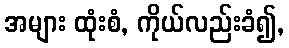
အများ ထုံးစံ, ကိုယ်လည်းခံ၍,